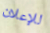
للإعلان